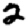
Digit: 2